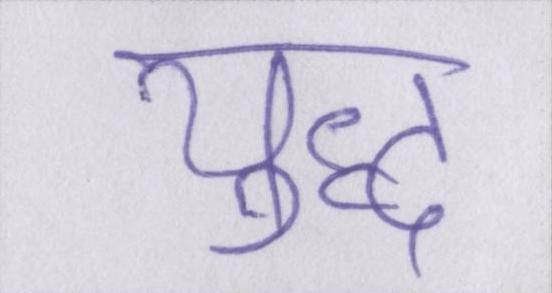
युध्द